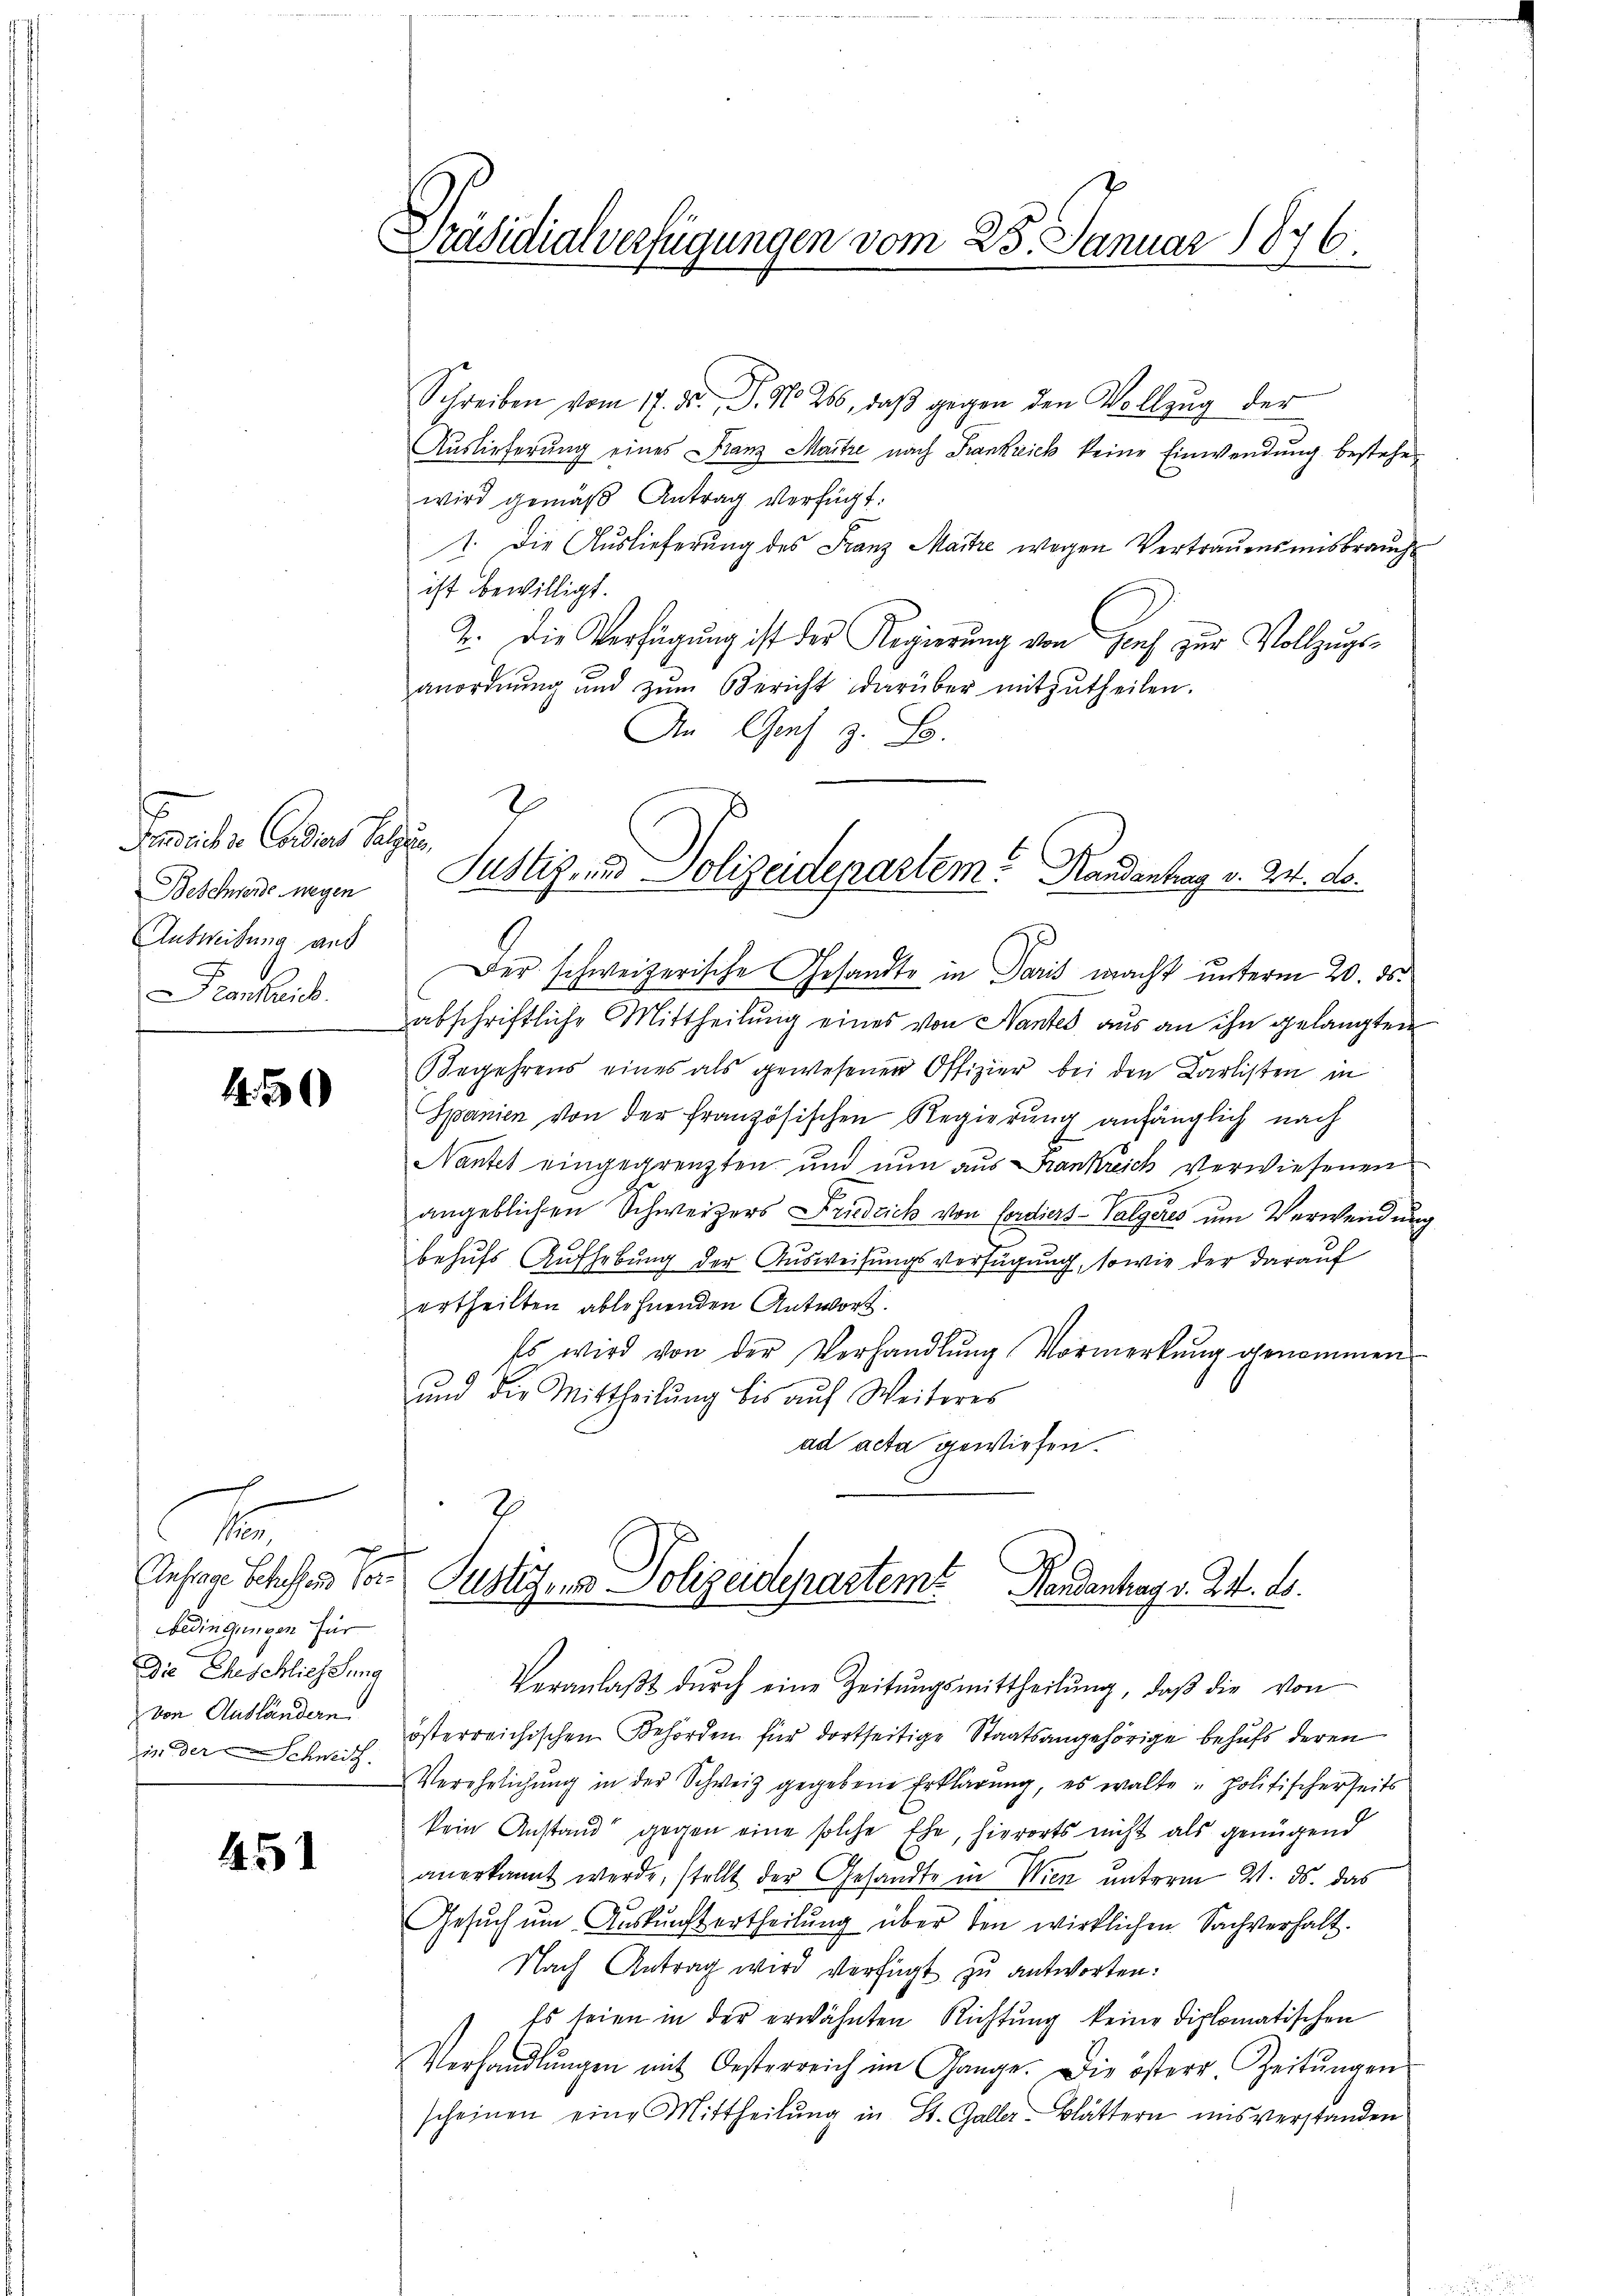
Freihen Casans letzun
Beschwerde wegen
Ausweisung aus
Frankreich

4.30)

E
Anfrage Schachen Vor
bedingungen für
Die Eheschliessung
von Ausländern
in der Schneit.

451

1
Präsidialverfügungen vom 25. Januar 1873.

Schreiben vom 17. d. P. N. 250, daβ gegen den Vollzŭg der
Auslieferung eines Franz Maitre nach Frankreich keine Einwendung bestehe
wird gemäß Antrag verfügt:
1. Die Auslieferung des Franz Maitre wegen Vertrauensmisbrauch
ist bewilligt.
2. Die Verfügung ist des Regierung von Hof zur Vollzugsanordnŭng und zŭm Bericht darüber mitzŭtheilen.
An Graf z. B.
Der schweizerische Gesandte in Paris macht unterm 20. ds.
abschriftliche Mittheilung eines von Nantes aus an ihn gelangten
Begehrens eines als gewesenen Offizier bei den Carlisten in
Spanien von der französischen Regierung anfänglich nach
Nantel eingegrenzten und nun aus Frankreich verwiesenen
angeblichen Schweizers Friedrich von Condiers-Valgeres um Verwendung
behufs Aufhebung der Ausweisungsverfügung, sowie der darauf
ertheilten ablehnenden Antwort.
Es wird von der Verhandlung Vormerkung genommen
und die Mittheilŭng bis aŭf Weiteres
ad acta gewiesen.

2
Justiz- und Polizeidepartem Handentrag v. 24. ds.

3.
Justiz, und Polizeidepartem Handenhag v. 24. d.

Veranlaβt dŭrch eine Zeitŭngsmittheilŭng, daβ die von
österreichischen Behörden für dortseitige Staatsangehörige behufs deren
Verehelichung in der Schweiz gegebene Erklärung, es walte „politischerseits
kein Anstand gegen eine solche Ehe, hierorts nicht als genügend
anerkannt werde, stellt der Gesandte in Wien unterm 21. ds. das
Gesŭch ŭm Aŭskŭnftertheilung über den wirklichen Sachverhalt.
Nach Antrag wird verfügt zu antworten:
Es seien in der erwähnten Richtung keine diplomatischen
Verhandlŭngen mit Oesterreich im Gange. Die östere Zeitŭngen
scheinen eine Mittheilŭng in St. Galler-Blättern uns verstanden